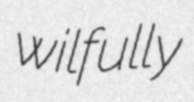
wilfully